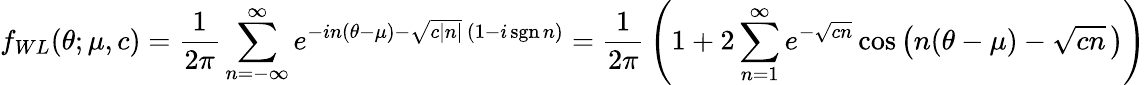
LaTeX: f_{WL}(\theta;\mu,c)={\frac{1}{2\pi}}\sum_{n=-\infty}^{\infty}e^{-in(\theta-\mu)-{\sqrt{c|n|}}\, (1-i\operatorname{sgn}{n})}={\frac{1}{2\pi}}\left(1+2\sum_{n=1}^{\infty}e^{-{\sqrt{cn}}}\cos\left(n(\theta-\mu)-{\sqrt{cn}}\, \right)\right)